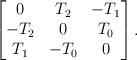
LaTeX: \begin{align*}\begin{bmatrix}0 & T_2 & -T_1\\-T_2 & 0 & T_0\\T_1 & -T_0 & 0\end{bmatrix}.\end{align*}